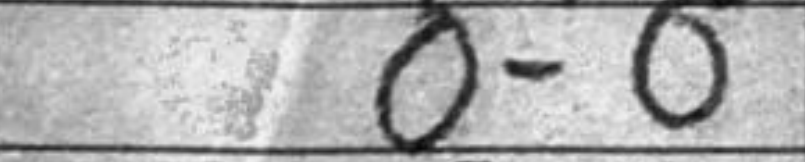
Transcription: O-O